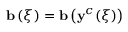
\mathbf { b } \left( \boldsymbol { \xi } \right) = \mathbf { b } \left( \mathbf { y } ^ { c } ( \boldsymbol { \xi } ) \right)